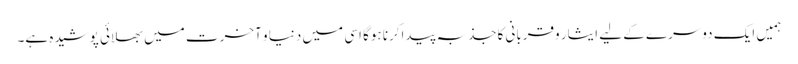
ہمیں ایک دوسرے کے لیے ایثار وقربانی کاجذبہ پیداکرنا ہوگا اسی میں دنیا و آخرت میں بھلائی پوشیدہ ہے۔